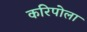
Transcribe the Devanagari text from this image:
करिपोला